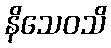
နိသေဝသိ